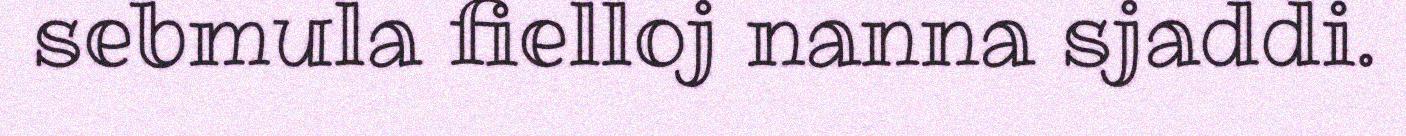
sebmula fielloj nanna sjaddi.